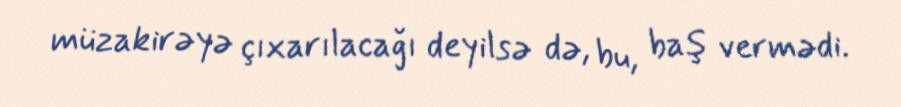
müzakirəyə çıxarılacağı deyilsə də, bu, baş vermədi.